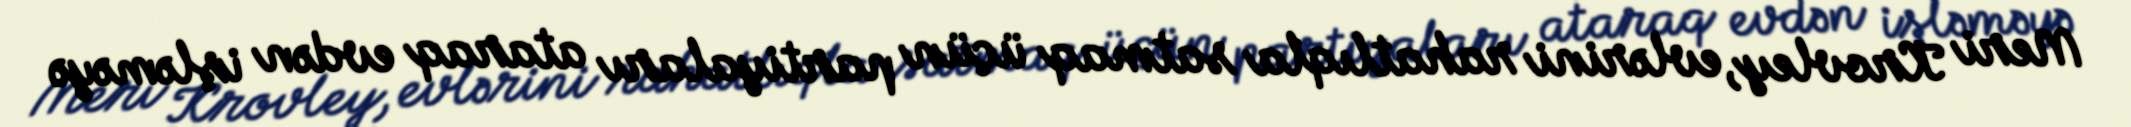
Meri Krovley, evlərini rahatlıqla satmaq üçün partiyaları ataraq evdən işləməyə